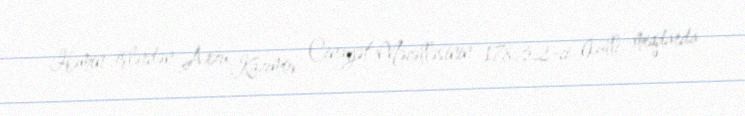
Həmin işlərdən Arzu Kazımov Cinayət Məcəlləsinin 178.3.2-ci (külli miqdarda